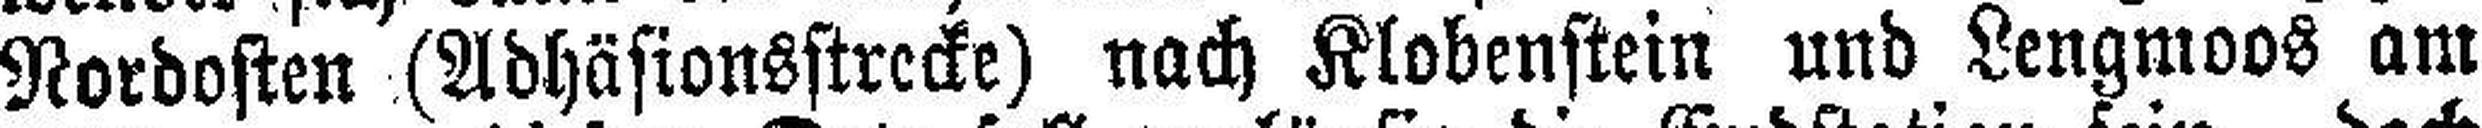
Nordosten (Adhäsionsstrecke) nach Klobenstein und Lengmoos am